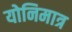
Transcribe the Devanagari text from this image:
योनिमात्र